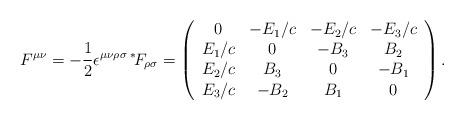
LaTeX: \begin{align*}F^{\mu \nu} = - \frac{1}{2} \epsilon^{\mu \nu \rho \sigma} \hspace{0.8mm}{^*}\hspace{-0.8mm}F_{\rho \sigma} = \left( \begin{array}{cccc} 0 & -E_1/c & -E_2/c & -E_3/c \\ E_1/c & 0 & -B_3 & B_2 \\ E_2/c & B_3 & 0 & -B_1 \\ E_3/c & -B_2 & B_1 & 0 \\\end{array} \right) .\end{align*}